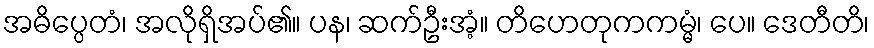
အဓိပ္ပေတံ၊ အလိုရှိအပ်၏။ ပန၊ ဆက်ဦးအံ့။ တိဟေတုကကမ္မံ၊ ပေ။ ဒေတီတိ၊